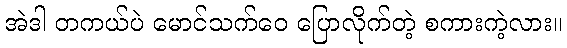
အဲဒါ တကယ်ပဲ မောင်သက်ဝေ ပြောလိုက်တဲ့ စကားကဲ့လား။